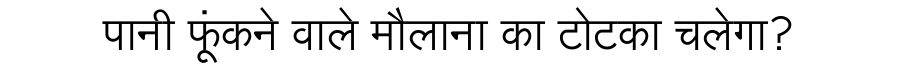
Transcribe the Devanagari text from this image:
पानी फूंकने वाले मौलाना का टोटका चलेगा?